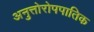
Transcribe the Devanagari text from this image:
अनुत्तोरोपपातिक